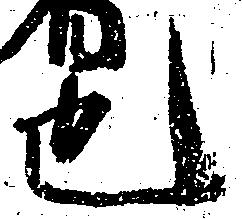
也